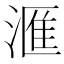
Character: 滙